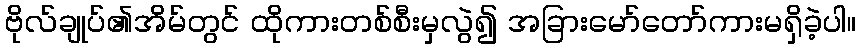
ဗိုလ်ချုပ်၏အိမ်တွင် ထိုကားတစ်စီးမှလွဲ၍ အခြားမော်တော်ကားမရှိခဲ့ပါ။